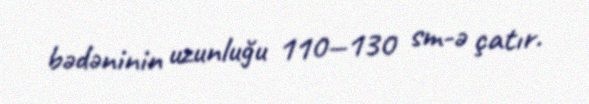
bədəninin uzunluğu 110—130 sm-ə çatır.